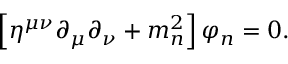
\left[ \eta ^ { \mu \nu } \partial _ { \mu } \partial _ { \nu } + m _ { n } ^ { 2 } \right] \varphi _ { n } = 0 .